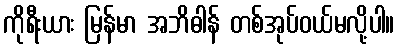
ကိုရီးယား မြန်မာ အဘိဓါန် တစ်အုပ်ဝယ်မလို့ပါ။